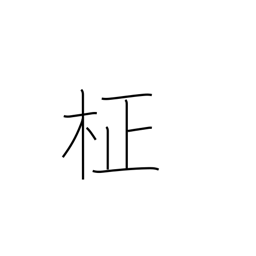
Meaning: straight grain